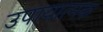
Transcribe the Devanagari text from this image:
उपायात्मक